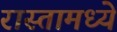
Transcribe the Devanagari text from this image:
रास्तामध्ये